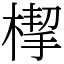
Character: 㮮